Report of the Municipal Commissioner on the plague in Bombay for the year ending 31st May... - Volume 3
Disease focus: Plague
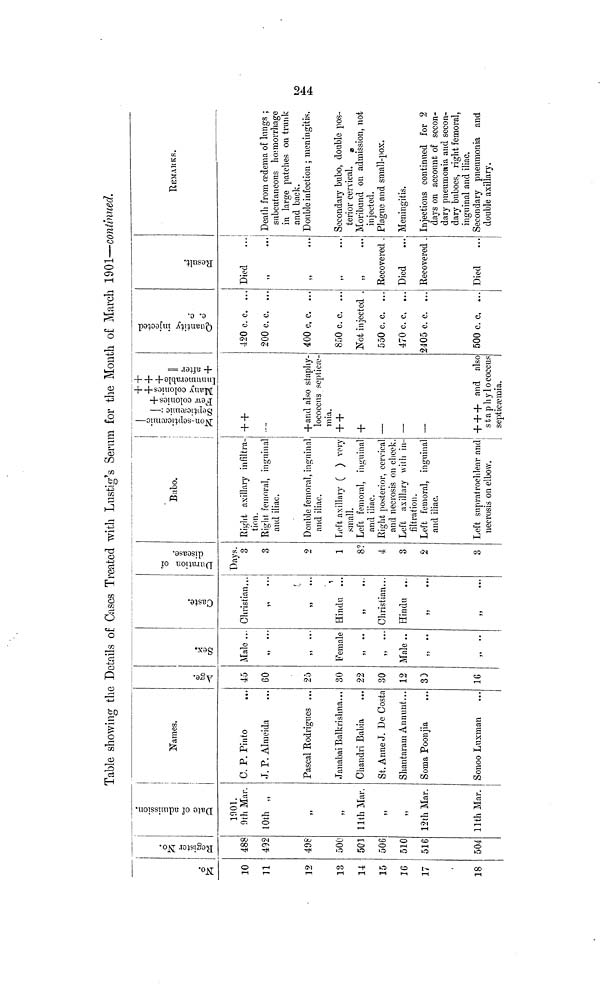
Table showing the Details of Cases Treated with Lustig's Serum for the Month of March 1901—continued.
No.
10
11
12
13
14
15
16
17
18
Register No.
488
492
498
500
501
506
510
516
504
Date of admission
1901.
9th Mar.
10th „
,,
,,
11th Mar.
12th Mar.
11th Mar.
Names.
C. P. Pinto
J. P. Almeida
Pascal Rodrigues ...
Janabai Balkrishna...
Chandri Babia
St. Anne J. De Costa
Shantaram Annunt...
Soma Poonjia
Sonoo Luxman
Age.
45
60
25
30
22
30
12
33
16
Sex.
Male ...
Female
Male ..
Caste.
Christian,..
Hindu ...
55
Christian...
Hindu
Duration of disease.
Days.
3
3
2
1
8?
4
3
2
3
Bubo.
Right axillary infiltra-
tion.
Right femoral, inguinal
and iliac.
Double femoral, inguinal
and iliac.
Loft axillary ( ) very
small.
Left femoral, inguinal
and iliac.
Right posterior, cervical
and necrosis on cheek.
Left axillary with in-
filtration.
Left femoral, inguinal
and iliac.
Left supratrochlear and
necrosis on elbow.
Non-septicaemic-
Septieaemic -
Few colonies ++
Innumerale +++
+ after =
+ +
+and also staphy-
lococcus septicae
mia.
+ +
+
—
—
—
+ + + and also
staphylococcus
septicaemia.
Quantity injected c.c.
420 c. c. ...
200 c. c. ...
400 c. c. ...
850 c.c.. ...
Not injected .
550 c. c. ...
470 c. c, ...
2405 c. c. ...
500 c. c. ...
Result
Died
,,
...
Recovered .
Died
Recovered .
Died
REMARKS.
Death from aedema of lungs ;
subcutaneous hœmorrhage
in large patches on trunk
and back.
Double infection ; meningitis.
Secondary bubo, double pos-
terior cervical.
Moribund on admission, not
injected.
Plague and small-pox.
Meningitis.
Injections continued for 2
days on account of secon-
dary pneumonia and secon-
dary buboes, right femoral,
inguinal and iliac.
Secondary pneumonia and
double axillary.
244